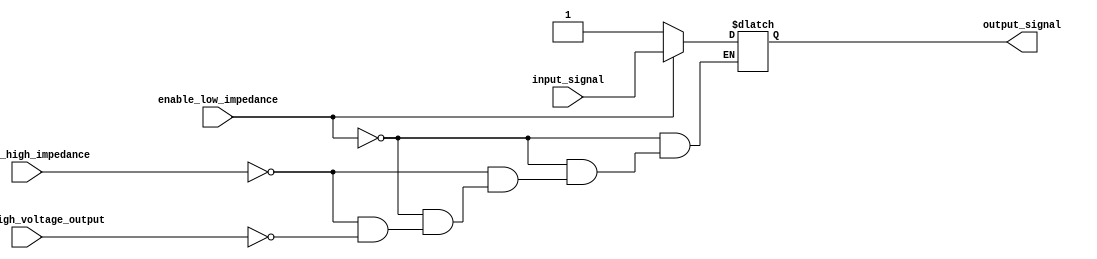
module IOBuffer (
  input wire input_signal,
  input wire enable_low_impedance,
  input wire enable_high_impedance,
  input wire enable_high_voltage_output,
  output reg output_signal
);

always @* begin
  if(enable_low_impedance) begin
    output_signal = input_signal;
  end else if(enable_high_impedance) begin
    output_signal = 1'bz; // high impedance state
  end else if(enable_high_voltage_output) begin
    output_signal = 1; // high voltage output state
  end
end

endmodule